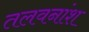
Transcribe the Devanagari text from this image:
तलवनांश